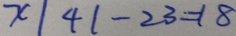
x \vert 4 1 - 2 3 = 1 8